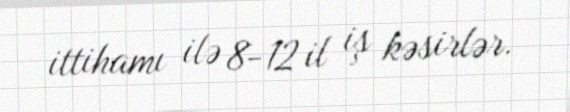
ittihamı ilə 8-12 il iş kəsirlər.